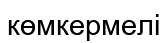
көмкермелі